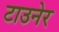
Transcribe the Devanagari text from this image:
टाउनेर